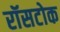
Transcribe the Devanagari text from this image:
रॉसटोक